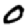
Digit: 0